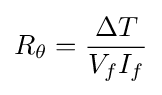
R_{\theta }={\frac {\Delta T}{V_{f}I_{f}}}